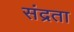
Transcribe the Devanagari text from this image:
संद्रता